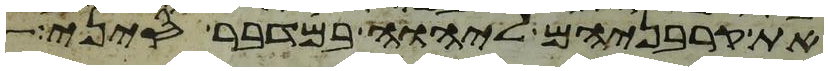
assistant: את קרבניהם ליהוה במדבר סיני